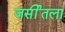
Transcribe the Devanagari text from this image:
जर्सीतला